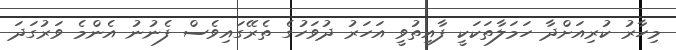
މިހާރު ކުރިއަށްދާ ހަމަލާތަކަކީ ފާއިތުވީ އަހަރު ދުވަހުގެ ތެރޭގައިވެސް ފެނުނު އެންމެ ވަރުގަދަ